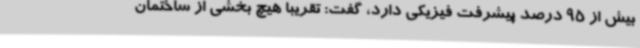
بیش از 95 درصد پیشرفت فیزیکی دارد، گفت: تقریبا هیچ بخشی از ساختمان